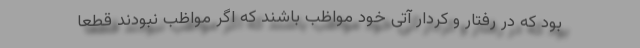
بود که در رفتار و کردار آتی خود مواظب باشند که اگر مواظب نبودند قطعا